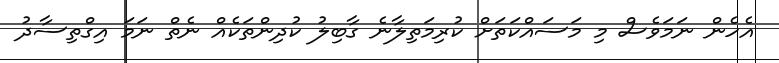
އެހެން ނަމަވެސް މި މަސައްކަތަށް ކުރިމަތިލާނެ ގާބިލު ކުދިންތަކެއް ނެތް ނަމަ އިގްތިސާދު